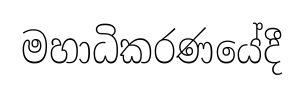
මහාධිකරණයේදී